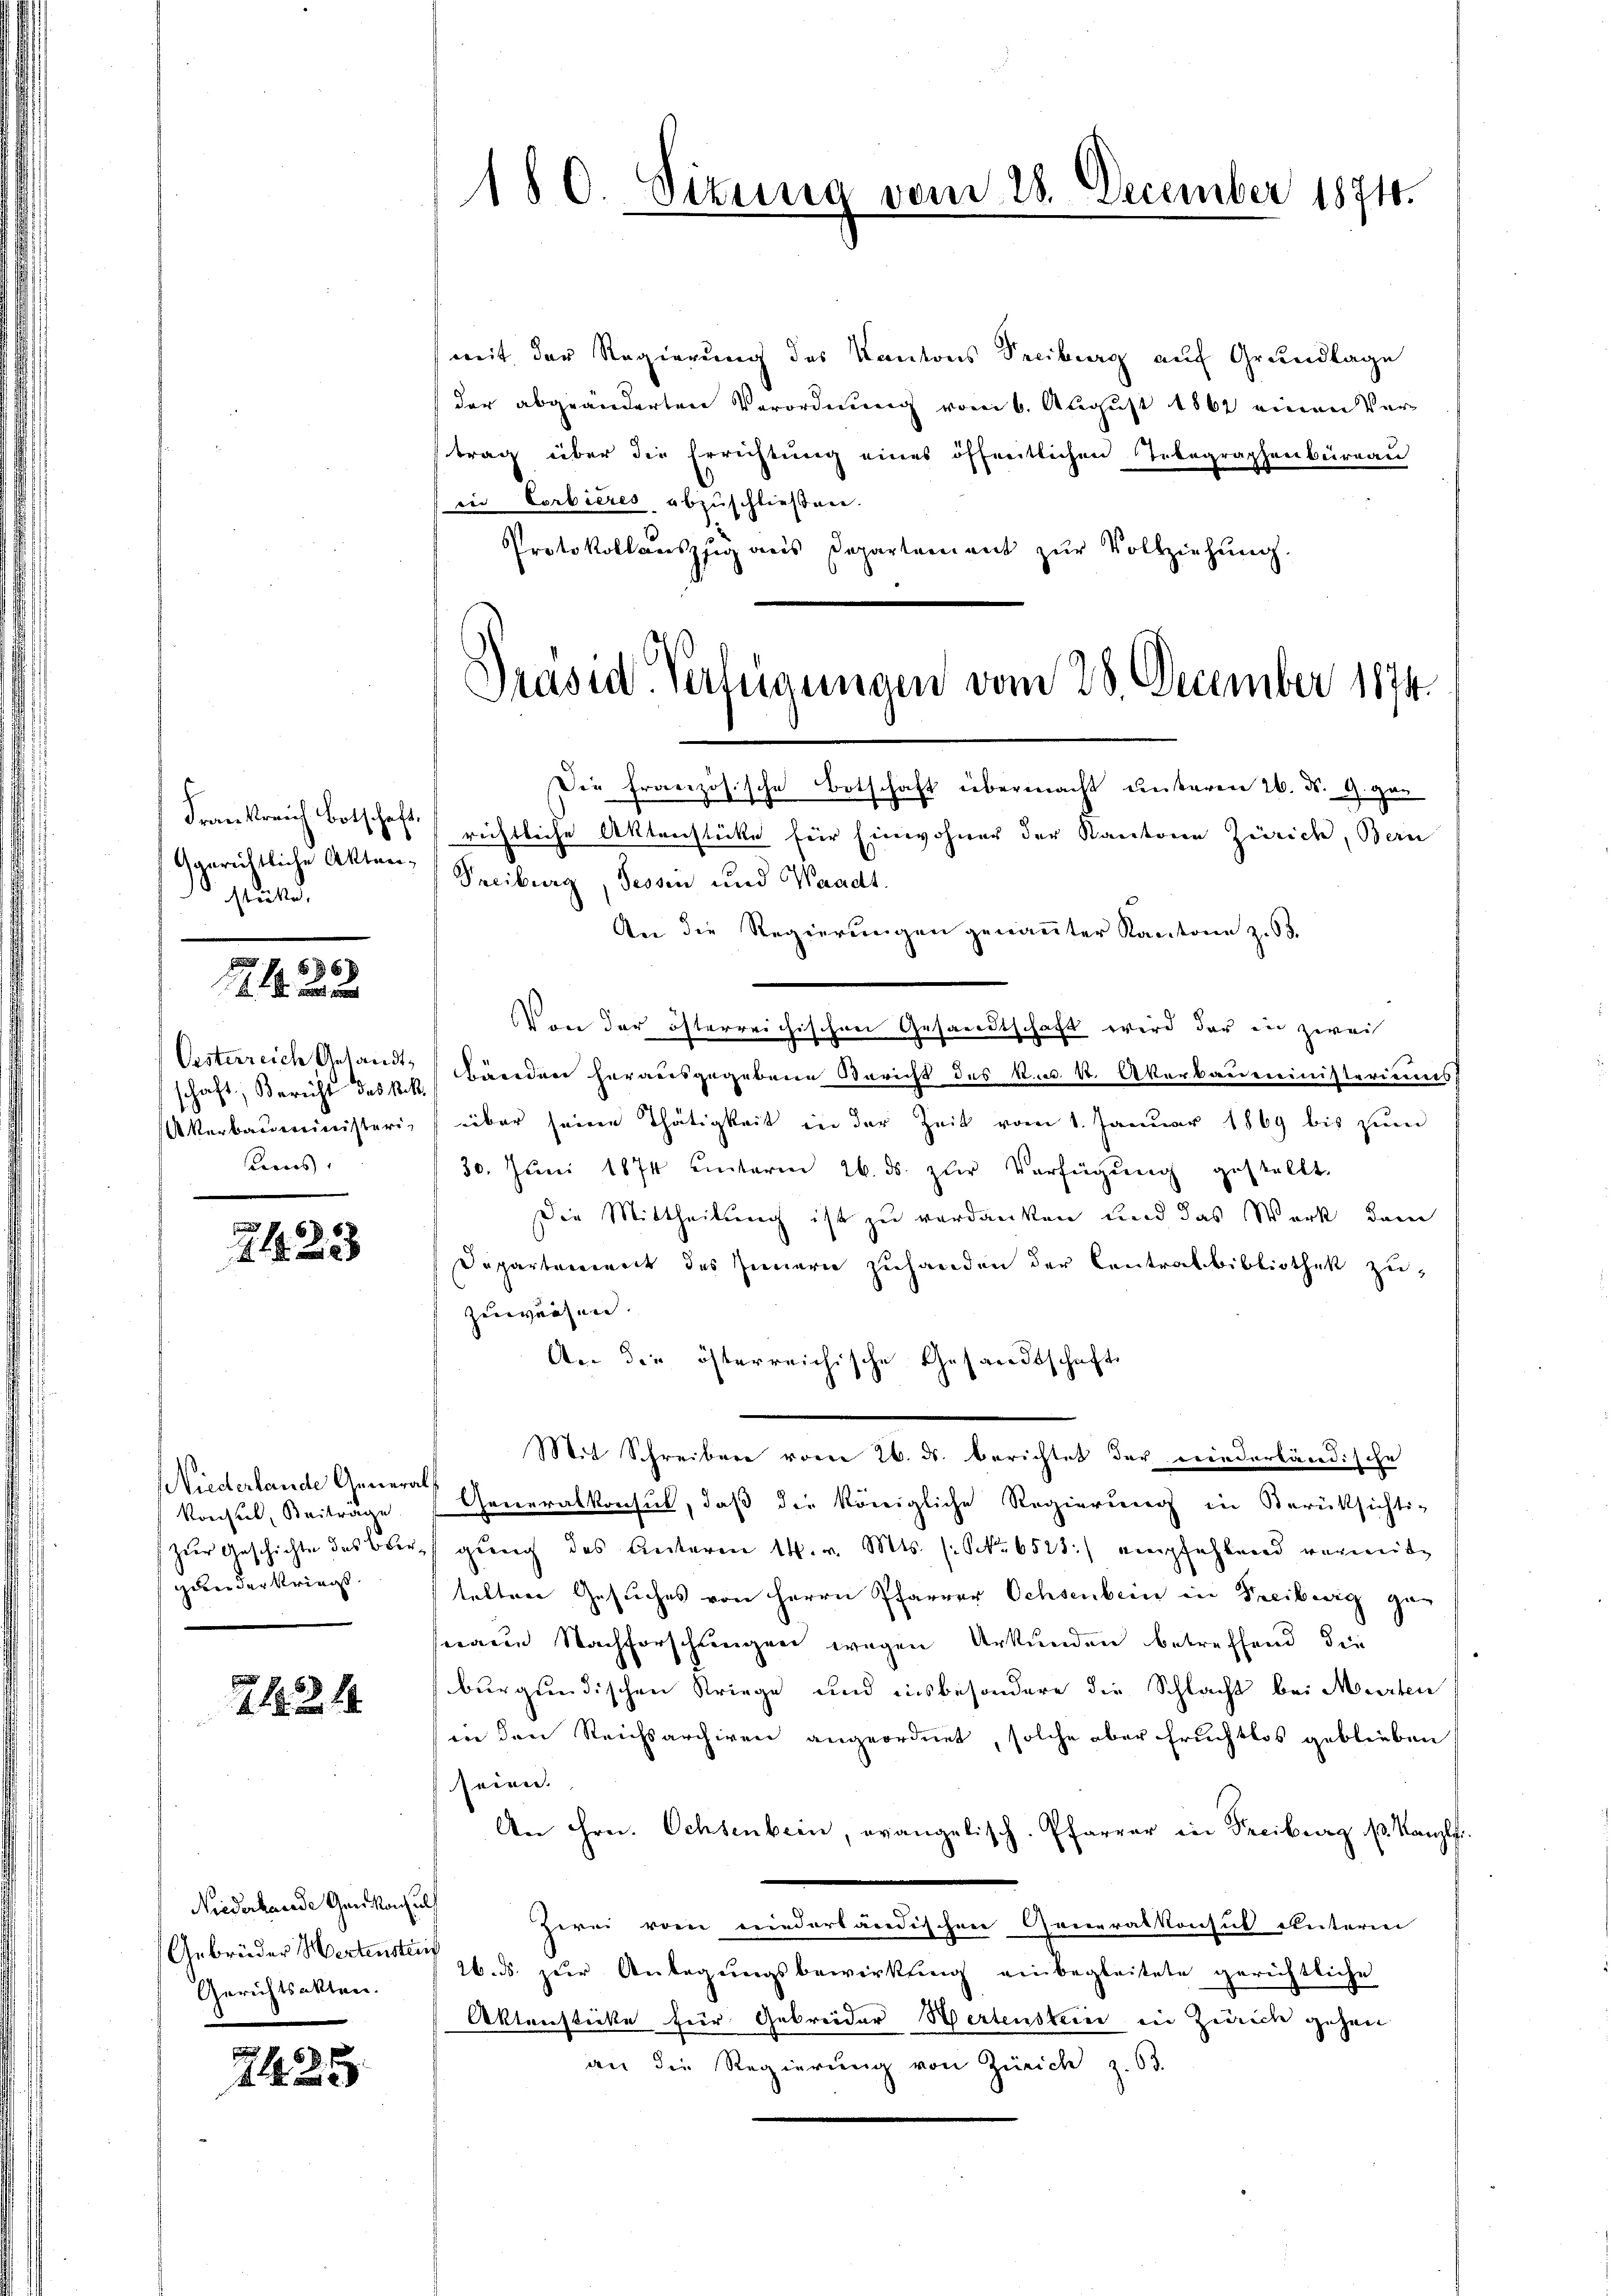
Ggerichtliche Aktenstücke,

8 f 6 x
4. in

Oesterreich Gesandtschaft Bericht das k.k.
Akerbaumeinisteris
ams.

s
2123

Niederlande General
Konsul, Beiträge
Zur Geschichte des Obergeben der Kriegt.

1

Niederhande Genkonsuls
Gebrüder Hertenstreif
Gerichtsakten.

2425

180. Sizung vom 28. December 1874.

mit der Regierung des Kantons Freiburg auf Grundlage
der abgeänderten Verordnung vom 6. August 1861 einen Vertrag über die Errichtung eines öffentlichen Nebegraphenbüreau
in Corbières abzuschließen.
Protokollauszug aus Departement zŭr Vollziehung.

Präsid. Verfügungen vom 28. December 1874.
Die Französische Botschaft übermacht unteren 26. d. 9. gan
Frankreich Botschaft richtliche Aktenstücke für Einwohner der Kantone Zürich, Bern

Treiburg, Tessin und Waadt.
An die Regierungen genannter Kantone z. B.
Von der österreichischen Gesandtschaft wird der ein zwei
diedner herausgegebene Bericht des k. k. Akerbauministeriums,
über seine Thätigkeit in der Zeit vom 1. Januar 1869 bis zum
30. Juni 1874 einterm 26. ds. zur Verfügŭng gestellt.
Die Mittheilung ist zu verdanken und das Werk dem
Departement des Innern zuhanden der Centralbibliothek zu
zuwürfen.
An die österreichische Gesandtschafts
Mit Schreiben vom 26. ds. berichtet der wiederländische
Generalkonsul, daß die königliche Regierung in Berüksichti-
gŭng des Unteren 14. v. Mts. (: No 6525) empfehlend verweite
telten Gesuches von Herrn Pfarrer Ochsenbein in Freibwig zu
seaue Nachforschungen wegen Urkunden betreffend die
burgundischen Kriege und insbesondere die Schlacht bei Marten
in den Reichsarchiven angeordnet, solche aber Fruchtlos geblieben
seinen.
An Hrn. Ochsenbein, evangelisch. Pfarrer in Freiburg 1. Kanzl
zwei vom niederländischen Generalkonsul unterm
26. ds. zur Anlegungsbewirkung einbegleitete gerichtliche
Aktensticke für Gebreider Wertenstein in Zürich gehen
an die Regierung von Zürich z. 63.